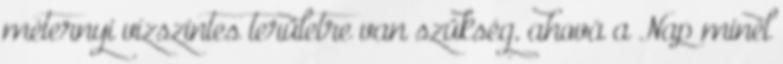
méternyi vízszintes területre van szükség, ahová a Nap minél